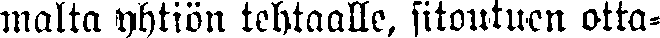
malta yhtiön tehtaalle, sitoutuen otta-